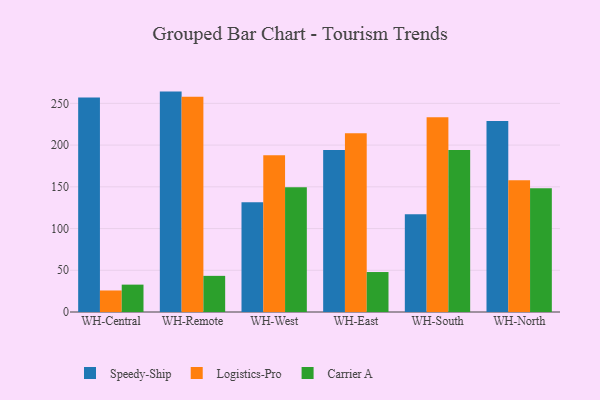
{"axis": {"x": "Warehouse", "y": "Temperature (°C)"}, "legend": ["Carrier A", "Logistics-Pro", "Speedy-Ship"], "data": [{"x": "WH-Central", "y": 257.0, "type": "Speedy-Ship"}, {"x": "WH-Central", "y": 25.8, "type": "Logistics-Pro"}, {"x": "WH-Central", "y": 32.8, "type": "Carrier A"}, {"x": "WH-Remote", "y": 264.1, "type": "Speedy-Ship"}, {"x": "WH-Remote", "y": 257.9, "type": "Logistics-Pro"}, {"x": "WH-Remote", "y": 43.3, "type": "Carrier A"}, {"x": "WH-West", "y": 131.5, "type": "Speedy-Ship"}, {"x": "WH-West", "y": 187.8, "type": "Logistics-Pro"}, {"x": "WH-West", "y": 149.5, "type": "Carrier A"}, {"x": "WH-East", "y": 194.2, "type": "Speedy-Ship"}, {"x": "WH-East", "y": 214.1, "type": "Logistics-Pro"}, {"x": "WH-East", "y": 47.9, "type": "Carrier A"}, {"x": "WH-South", "y": 117.1, "type": "Speedy-Ship"}, {"x": "WH-South", "y": 233.3, "type": "Logistics-Pro"}, {"x": "WH-South", "y": 194.1, "type": "Carrier A"}, {"x": "WH-North", "y": 228.9, "type": "Speedy-Ship"}, {"x": "WH-North", "y": 157.8, "type": "Logistics-Pro"}, {"x": "WH-North", "y": 148.2, "type": "Carrier A"}]}